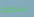
سمعه